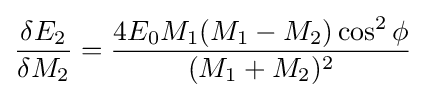
{\frac {\delta E_{2}}{\delta M_{2}}}={\frac {4E_{0}M_{1}(M_{1}-M_{2})\cos ^{2}\phi }{(M_{1}+M_{2})^{2}}}